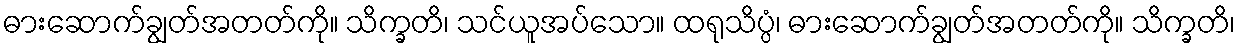
ဓားဆောက်ချွတ်အတတ်ကို။ သိက္ခတိ၊ သင်ယူအပ်သော။ ထရုသိပ္ပံ၊ ဓားဆောက်ချွတ်အတတ်ကို။ သိက္ခတိ၊